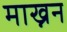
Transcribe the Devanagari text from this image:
माख्नन